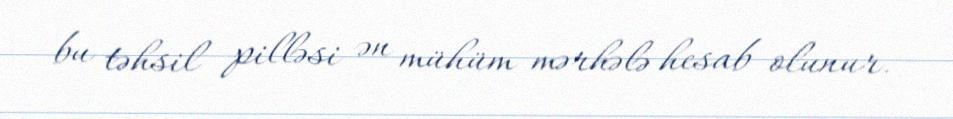
bu təhsil pilləsi ən mühüm mərhələ hesab olunur.